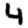
Digit: 4